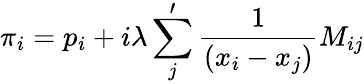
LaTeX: \pi_{i}=p_{i}+i\lambda\sum_{j}^{\prime}{\frac{1}{(x_{i}-x_{j})}}M_{ij}